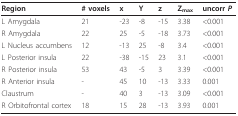
| Region | # voxels | x | Y | z | Zmax | uncorr P |
 | --- | --- | --- | --- | --- | --- | --- |
 | L Amygdala | 21 | -23 | -8 | -15 | 3.38 | <0.001 |
 | R Amygdala | 22 | 25 | -5 | -18 | 3.73 | <0.001 |
 | L Nucleus accumbens | 12 | -13 | 25 | -8 | 3.4 | <0.001 |
 | L Posterior insula | 22 | -38 | -15 | 23 | 3.1 | <0.001 |
 | R Posterior insula | 53 | 43 | -5 | 3 | 3.39 | <0.001 |
 | R Anterior insula | - | 45 | 10 | -13 | 3.33 | 0.001 |
 | Claustrum | - | 40 | 3 | -13 | 3.09 | <0.001 |
 | R Orbitofrontal cortex | 18 | 15 | 28 | -13 | 3.93 | 0.001 |